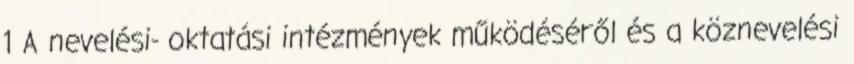
1 A nevelési- oktatási intézmények működéséről és a köznevelési